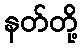
နတ်တို့